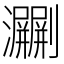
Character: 㶜